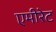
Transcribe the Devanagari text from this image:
एमीरेट